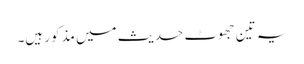
یہ تین جھوٹ حدیث میں مذکور ہیں۔